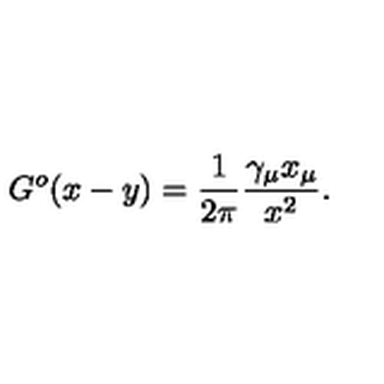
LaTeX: G ^ { o } ( x - y ) = \frac { 1 } { 2 \pi } \frac { \gamma _ { \mu } x _ { \mu } } { x ^ { 2 } } .